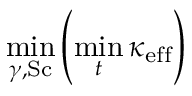
\operatorname* { m i n } _ { \gamma , \mathrm { S c } } \left( \operatorname* { m i n } _ { t } \kappa _ { \mathrm { e f f } } \right)